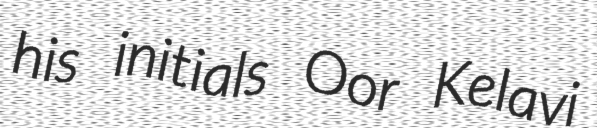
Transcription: his initials Oor Kelavi